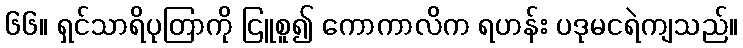
၆၆။ ရှင်သာရိပုတြာကို ငြူစူ၍ ကောကာလိက ရဟန်း ပဒုမငရဲကျသည်။